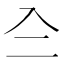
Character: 𠓞